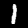
Label: 1